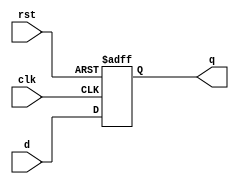
`timescale 1ns / 1ps
module reg_10bit(
    input [9:0] d,
    input clk,
    input rst,
    output reg [9:0] q
    );
    always @(posedge clk or negedge rst)
    if( !rst)
        q <= 10'b0000000000;
    else
        q <= d;

endmodule